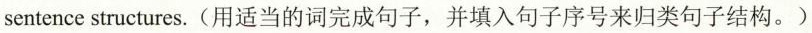
sentence structures.(用适当的词完成句子,并填入句子序号来归类句子结构。)